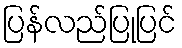
ပြန်လည်ပြုပြင်